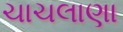
ચાચલાણા